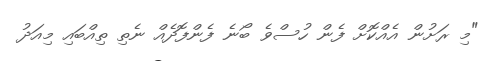
"މި ރަށުން އެއްކޮށް ފެން ހުސްވެ ބޯނެ ފެންފޮދެއް ނެތި ތިއްބައި މިއަދު